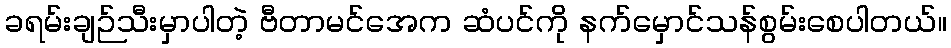
ခရမ်းချဉ်သီးမှာပါတဲ့ ဗီတာမင်အေက ဆံပင်ကို နက်မှောင်သန်စွမ်းစေပါတယ်။